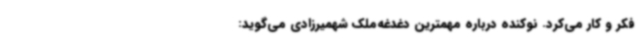
فکر و کار می‌کرد. نوکنده درباره‌ مهمترین دغدغه‌ملک شهمیرزادی می‌گوید: